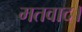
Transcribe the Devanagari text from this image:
मतवाद।